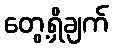
တွေ့ရှိချက်